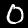
Digit: 0